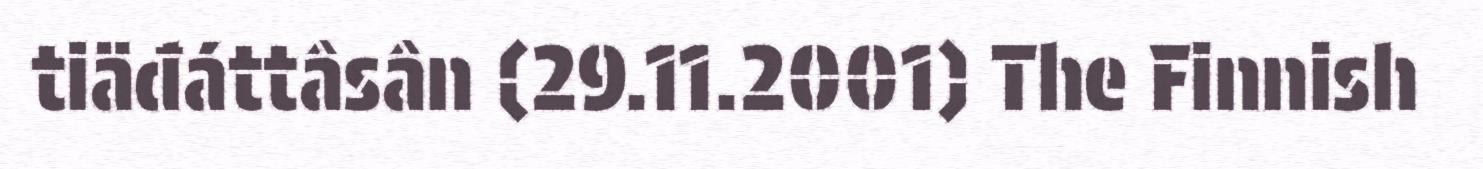
tiäđáttâsân (29.11.2001) The Finnish